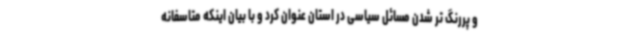
و پررنگ تر شدن مسائل سیاسی در استان عنوان کرد و با بیان اینکه متاسفانه